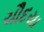
ચૌદયા